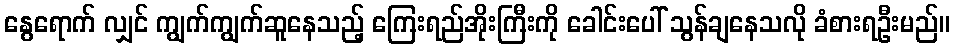
နွေရောက် လျှင် ကျွက်ကျွက်ဆူနေသည့် ကြေးရည်အိုးကြီးကို ခေါင်းပေါ် သွန်ချနေသလို ခံစားရဦးမည်။